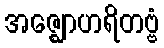
အဇ္ဈောဟရိတဗ္ဗံ